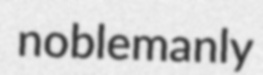
noblemanly